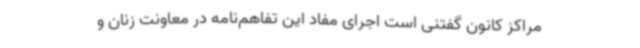
مراکز کانون گفتنی است اجرای مفاد این تفاهم‌نامه در معاونت زنان و